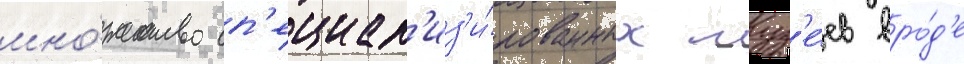
мно́жество сп'ециал'из'и́рованных муз'е́ев вро́д'е